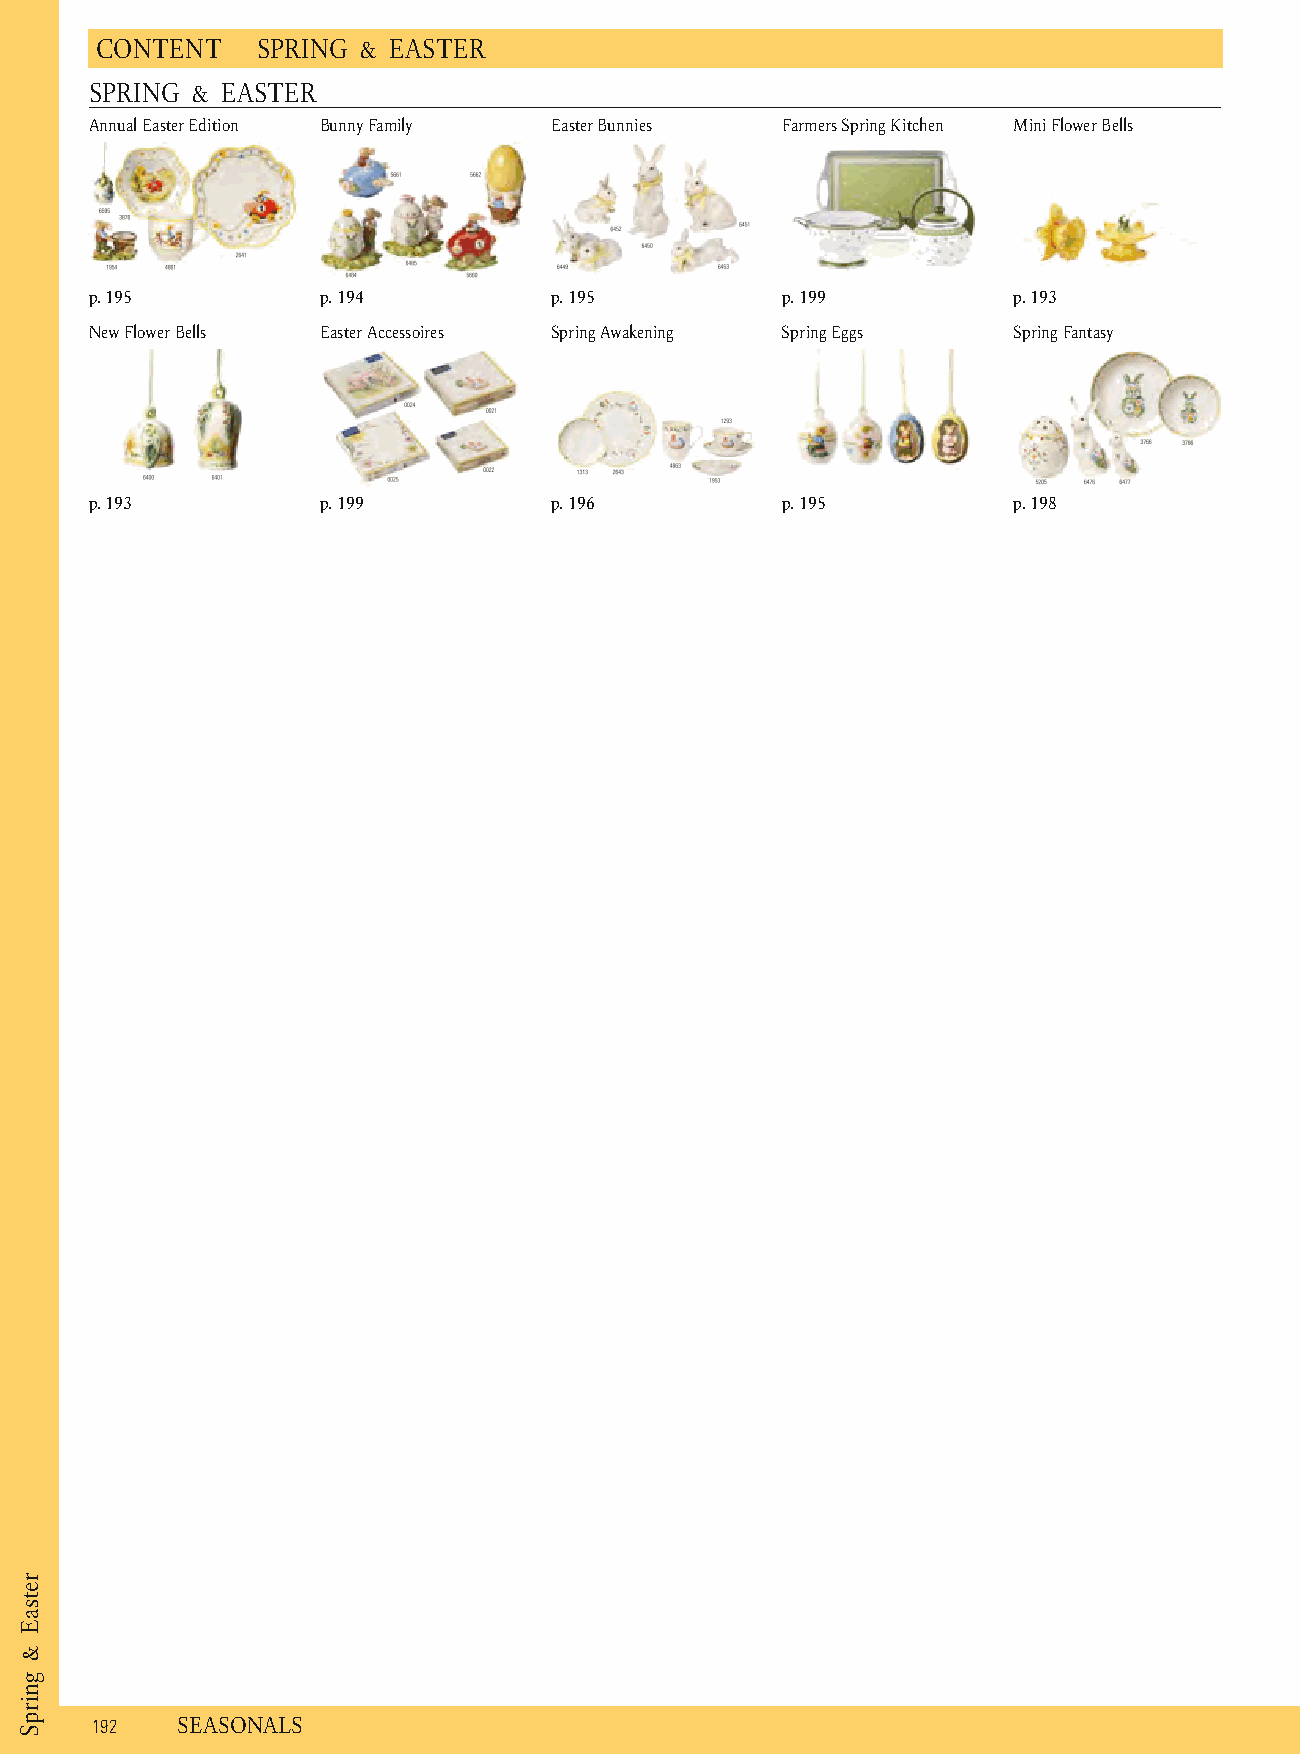
C ONTENT   S PRING & EASTER
 SPRING & EASTER
 Annual Easter Edition B unny Family Easter Bunnies Farmers Spring Kitchen M ini Flower Bells
 p. 1 95        p . 194        p . 195         p . 199        p . 193
 New Flower Bells Easter Accessoires Spring Awakening Spring Eggs Spring Fantasy
 p. 1 93        p . 199        p . 196         p . 195        p . 198
 1 92  S EASONALS
 retsaE
 &
 gnirpS